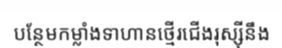
បន្ថែមកម្លាំងទាហានថ្មើរជើងរុស្ស៊ីនឹង